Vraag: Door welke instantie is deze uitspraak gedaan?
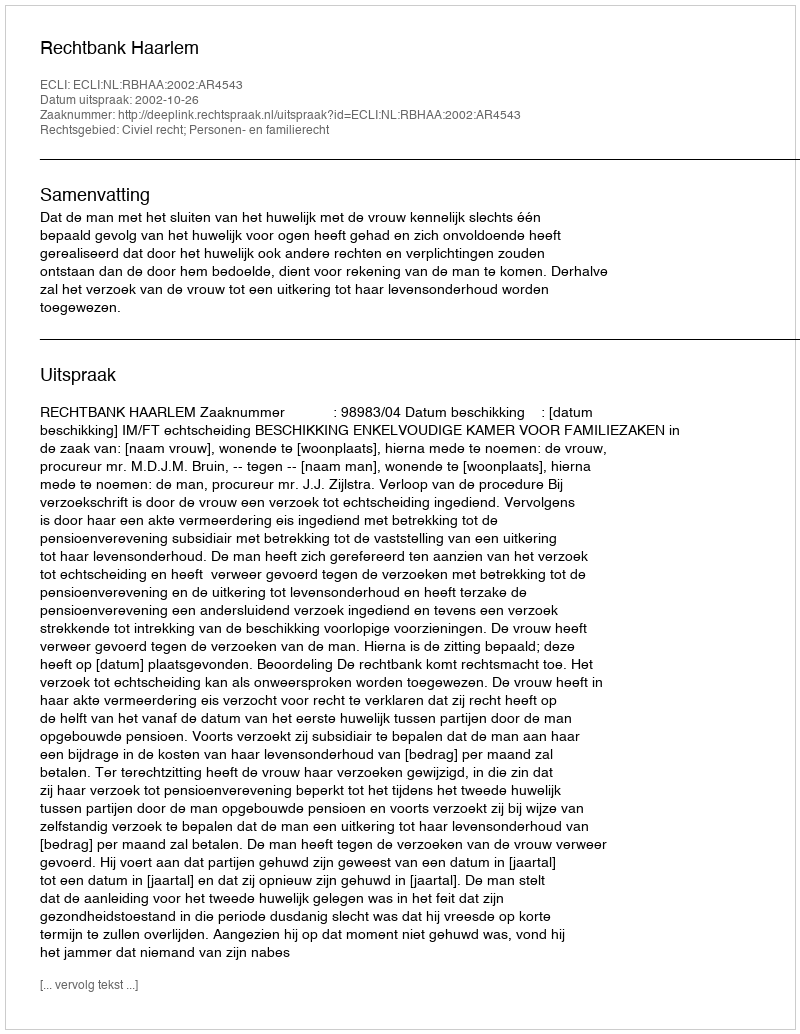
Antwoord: Rechtbank Haarlem